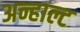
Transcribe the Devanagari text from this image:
अन्हाल्ट